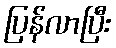
ပြန်လာပြီး